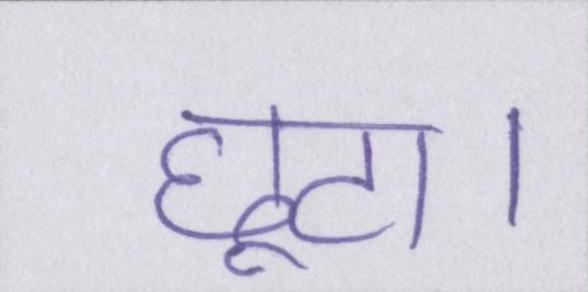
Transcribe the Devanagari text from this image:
छूट।